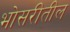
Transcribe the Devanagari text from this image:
भोसरीतील